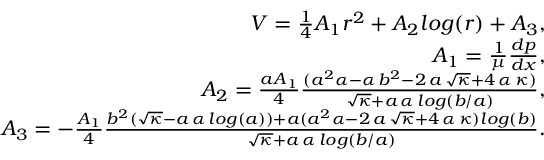
\begin{array} { r } { V = \frac { 1 } { 4 } A _ { 1 } r ^ { 2 } + A _ { 2 } l o g ( r ) + A _ { 3 } , } \\ { A _ { 1 } = \frac { 1 } { \mu } \frac { d p } { d x } , } \\ { A _ { 2 } = \frac { a A _ { 1 } } { 4 } \frac { ( a ^ { 2 } \alpha - \alpha \, b ^ { 2 } - 2 \, a \, \sqrt { \kappa } + 4 \, \alpha \, \kappa ) } { \sqrt { \kappa } + a \, \alpha \, l o g ( b / a ) } , } \\ { A _ { 3 } = - \frac { A _ { 1 } } { 4 } \frac { b ^ { 2 } ( \sqrt { \kappa } - a \, \alpha \, l o g ( a ) ) + a ( a ^ { 2 } \alpha - 2 \, a \, \sqrt { \kappa } + 4 \, \alpha \, \kappa ) l o g ( b ) } { \sqrt { \kappa } + a \, \alpha \, l o g ( b / a ) } . } \end{array}